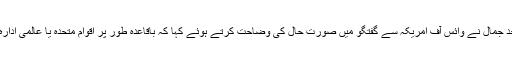
اقوام متحدہ کے عالمی ادارہ برائے خوراک ڈبلیو ایف پی کے ترجمان امجد جمال نے وائس آف امریکہ سے گفتگو میں صورت حال کی وضاحت کرتے ہوئے کہا کہ باقاعدہ طور پر اقوام متحدہ یا عالمی ادارہ خوراک کو اس بارے میں کوئی تحریری ہدایت موصول نہیں ہوئی ہے۔